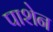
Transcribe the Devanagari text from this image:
पाशेन